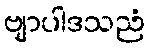
ဗျာပါဒသညံ